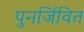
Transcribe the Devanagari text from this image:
पुनर्जिवित